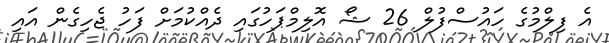
އެ ފިލްމުގެ ހައުސްފުލް 26 ޝޯ އޮލިމްޕަހުގައި ދެއްކުމަށް ފަހު ޖެހިގެން އައި